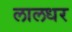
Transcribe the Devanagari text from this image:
लालधर